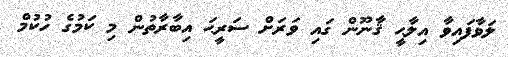
ލަވާފައިވާ އިލާޙީ ޤާނޫން ގައި ވަރަށް ސަރީޙަ އިބާރާތުން މި ކަމުގެ ހުކުމް